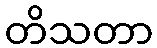
တိသတာ